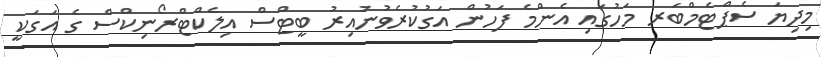
މިދިޔަ ސެޕްޓެމްބަރ މަހުގައި އެންމެ ފަހުން އަގުކުރެވުނުއިރު ބީޓްސް އިލެކްޓްރޯނިކްސް ގެ އަގަކީ